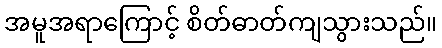
အမူအရာကြောင့် စိတ်ဓာတ်ကျသွားသည်။